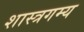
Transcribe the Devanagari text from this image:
शास्त्रगम्य